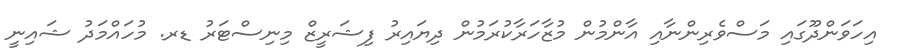
އިހަވަންދޫގައި މަސްވެރިންނާއި އާންމުން މުޒާހަރާކުރަމުން ދިޔައިރު ފިޝަރީޒް މިނިސްޓަރު ޑރ. މުހައްމަދު ޝައިނީ